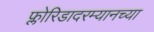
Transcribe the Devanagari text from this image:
फ्लोरिडादरम्यानच्या